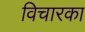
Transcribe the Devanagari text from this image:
विचारका